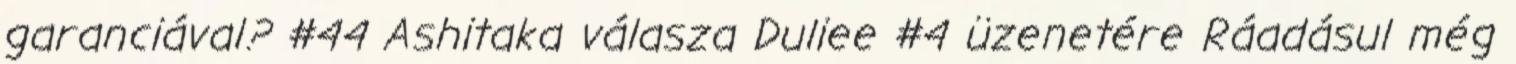
garanciával? #44 Ashitaka válasza Duliee #4 üzenetére Ráadásul még